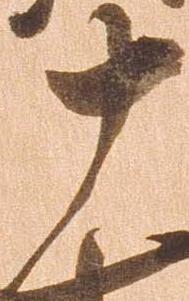
十